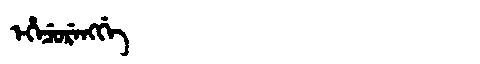
Manchu: ᡝᡥᡝᠴᡠᡵᡝᠩᡤᡝ
Romanization: EHECURENGGE